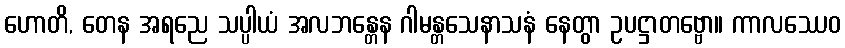
ဟောတိ, တေန အရညေ သပ္ပါယံ အလဘန္တေန ဂါမန္တသေနာသနံ နေတွာ ဥပဋ္ဌာတဗ္ဗော။ ကာလဿေဝ